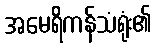
အမေရိကန်သံရုံး၏